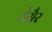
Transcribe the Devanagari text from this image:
टेरौर